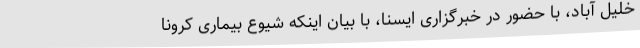
خلیل آباد، با حضور در خبرگزاری ایسنا، با بیان اینکه شیوع بیماری کرونا